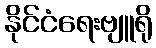
နိုင်ငံရေးဗျူရို